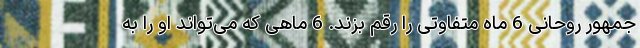
جمهور روحانی 6 ماه متفاوتی را رقم بزند. 6 ماهی که می‌تواند او را به